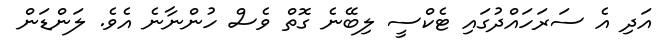
އަދި އެ ސަރަހައްދުގައި ޓެކްސީ ލިބޭނެ ގޮތް ވެސް ހުންނާނެ އެވެ. ލަންޑަން